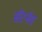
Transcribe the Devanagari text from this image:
सॅटर्नस